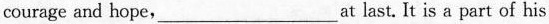
courage and hope,___at last. It is a part of his